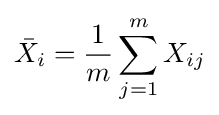
{\bar {X}}_{i}={\frac {1}{m}}\sum _{j=1}^{m}X_{ij}